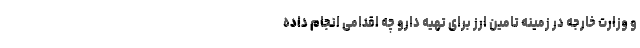
و وزارت خارجه در زمینه تامین ارز برای تهیه دارو چه اقدامی انجام داده